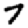
Digit: 7